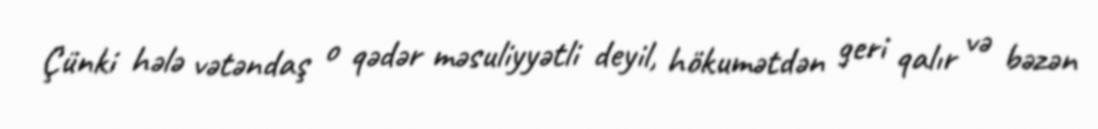
Çünki hələ vətəndaş o qədər məsuliyyətli deyil, hökumətdən geri qalır və bəzən